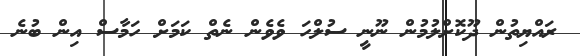
ރައްޔިތުން ދޫކޮށްލުމުން ނޫނީ ސުލްހަ ވެވެން ނެތް ކަމަށް ހަމާސް އިން ބުނެ